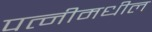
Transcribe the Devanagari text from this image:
पत्नीमधील